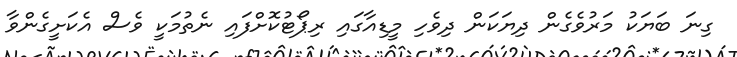
ގިނަ ބަޔަކު މަރުވެގެން ދިޔަކަން ދިވެހި މީޑިއާގައި ރިޕޯޓުކޮށްފައި ނެތުމަކީ ވެސް އެކަށީގެންވާ